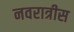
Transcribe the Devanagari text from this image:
नवरात्रीस